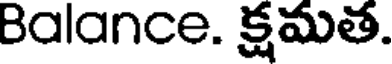
Balance. క్షమత.